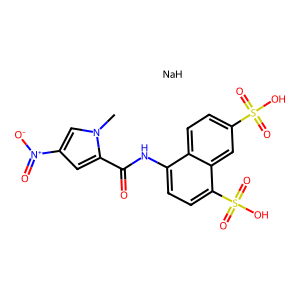
SMILES: Cn1cc([N+](=O)[O-])cc1C(=O)Nc1ccc(S(=O)(=O)O)c2cc(S(=O)(=O)O)ccc12.[NaH]
Inhibits HIV replication: No